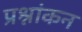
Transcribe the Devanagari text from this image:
प्रश्नांकन